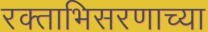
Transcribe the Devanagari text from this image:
रक्ताभिसरणाच्या